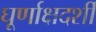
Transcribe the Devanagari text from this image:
घूर्णाक्षदर्शी